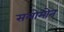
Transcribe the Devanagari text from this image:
सलोमोन